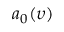
a _ { 0 } ( \upsilon )